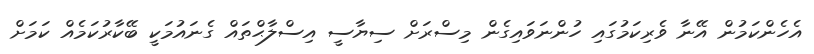
އެހެންކަމުން އޭނާ ވެރިކަމުގައި ހުންނަވައިގެން މިސްރަށް ސިޔާސީ އިސްލާޙްތައް ގެނައުމަކީ ބޭކާރުކަމެއް ކަމަށް